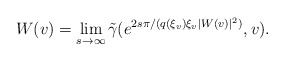
\begin{align*}W(v)=\lim_{\substack{s\rightarrow\infty}}\tilde{\gamma}(e^{2s\pi/(q(\xi_v)\xi_v|W(v)|^2)},v).\end{align*}